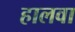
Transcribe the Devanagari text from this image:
हालवा